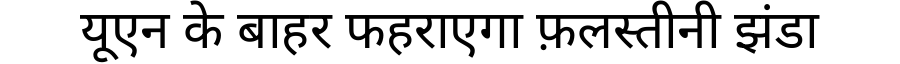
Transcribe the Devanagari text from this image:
यूएन के बाहर फहराएगा फ़लस्तीनी झंडा